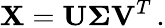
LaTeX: {\mathbf X}={\mathbf U}{\boldsymbol\Sigma}{\mathbf V}^{T}\, .